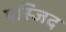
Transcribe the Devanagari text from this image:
मस्जि़द